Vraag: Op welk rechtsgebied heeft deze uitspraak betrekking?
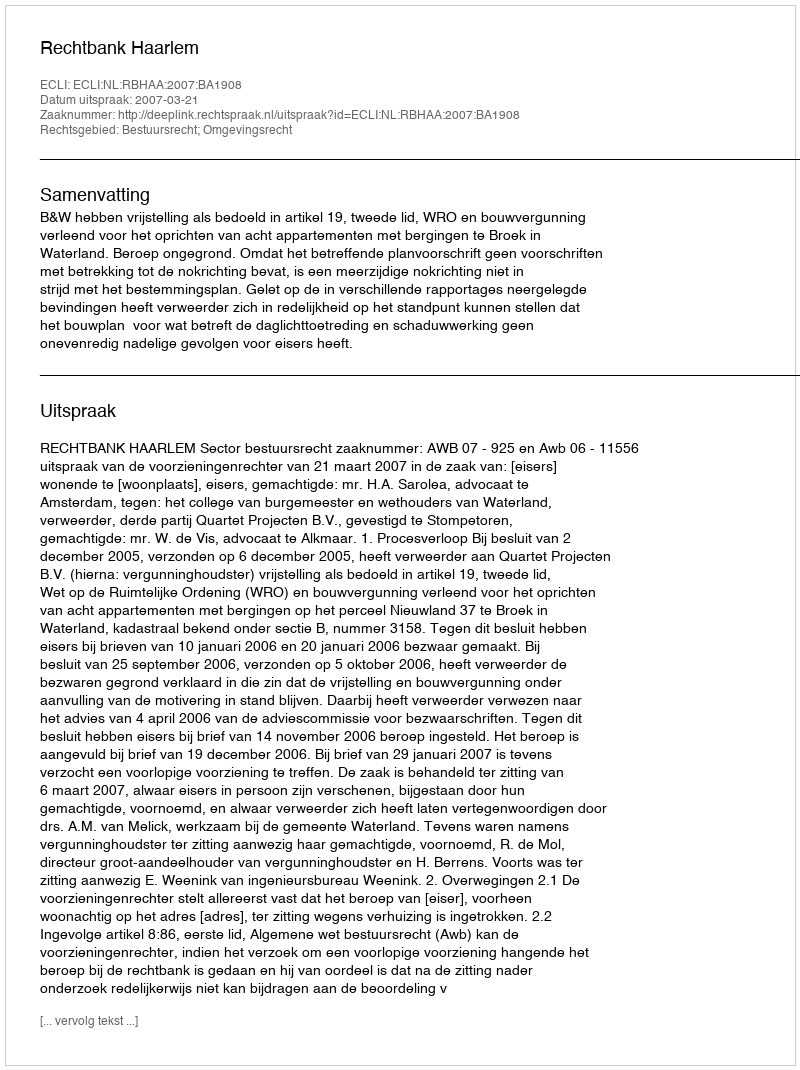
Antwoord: Bestuursrecht; Omgevingsrecht